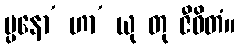
ပ္ပနော’ ဟာ’ ယု တု ဇီဝိတံ။